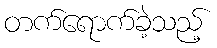
တက်ရောက်ခဲ့သည့်